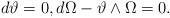
LaTeX: \begin{align*}d\vartheta=0, d\Omega-\vartheta\wedge\Omega=0 .\end{align*}